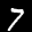
Label: 7